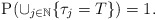
\begin{align*} \mathrm{P}( \cup_{j\in \mathbb{N}}\{\tau_j=T\})=1.\end{align*}